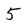
Character: 5